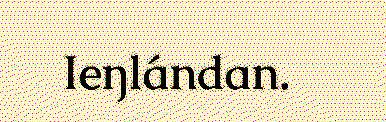
Ieŋlándan.